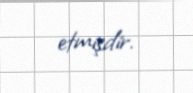
etmişdir.